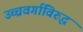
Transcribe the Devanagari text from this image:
उच्चवर्गाविरुद्ध